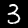
Label: 3